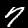
Label: 7